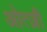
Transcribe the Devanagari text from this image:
ओत्ज़ी